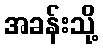
အခန်းသို့